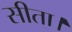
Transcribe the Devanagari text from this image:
सीता।